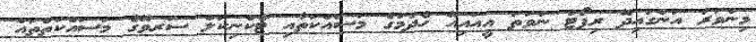
މިންވަރު އަންގައިދޭ ރިޕޯޓު ނުވަތަ އީއައިއޭ ހެދުމުގެ މަސައްކަތާއި ޓެކްނިކަލް ސަރވޭގެ މަސައްކަތްތައް